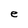
Character: e